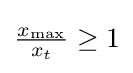
{\textstyle {\frac {x_{\mathrm {max} }}{x_{t}}}\geq 1}